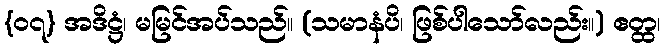
{၀၇} အဒိဋ္ဌံ၊ မမြင်အပ်သည်။ (သမာနံပိ၊ ဖြစ်ပါသော်လည်း။) ဧတ္ထ၊